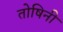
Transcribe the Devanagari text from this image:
तोषिनी